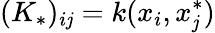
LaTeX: (K_{*})_{i\mathit{j}}=k(x_{i},x_{\mathit{j}}^{*})